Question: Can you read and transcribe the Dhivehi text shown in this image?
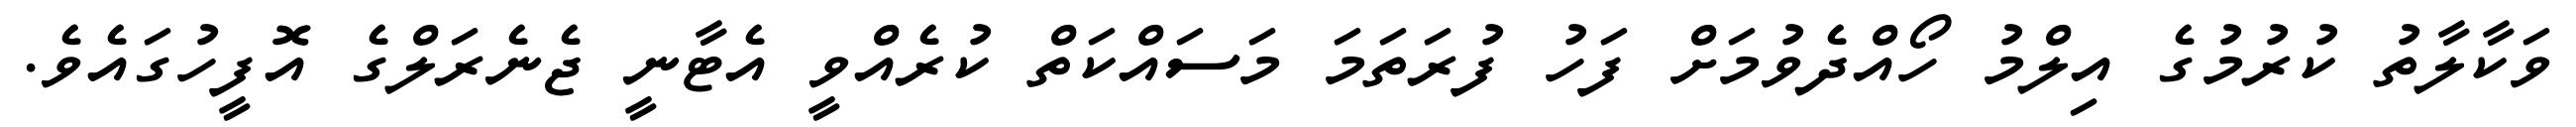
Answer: ވަކާލާތު ކުރުމުގެ އިލްމު ހޯއްދެވުމަށް ފަހު ފުރަތަމަ މަސައްކަތް ކުރެއްވީ އެޓާނީ ޖެނެރަލްގެ އޮފީހުގައެވެ.